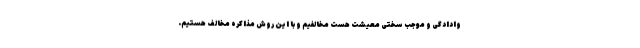
وادادگی و موجب سختی معیشت هست مخالفیم و با این روش مذاکره مخالف هستیم.